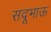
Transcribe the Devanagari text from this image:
सदूभाऊ